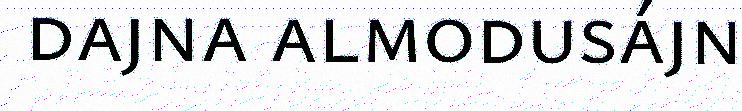
dajna almodusájn